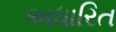
અધારિત